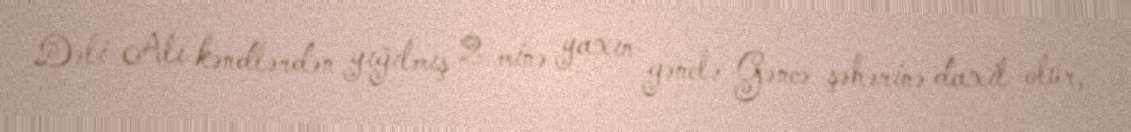
Dəli Alı kəndlərdən yığılmış 2 minə yaxın gənclə Gəncə şəhərinə daxil olur,